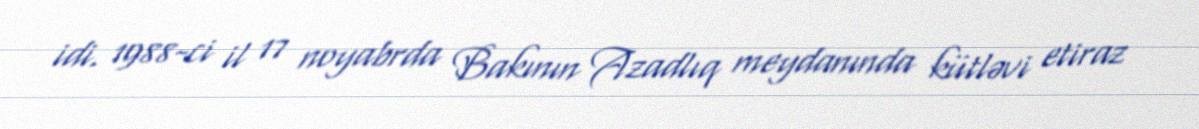
idi. 1988-ci il 17 noyabrda Bakının Azadlıq meydanında kütləvi etiraz